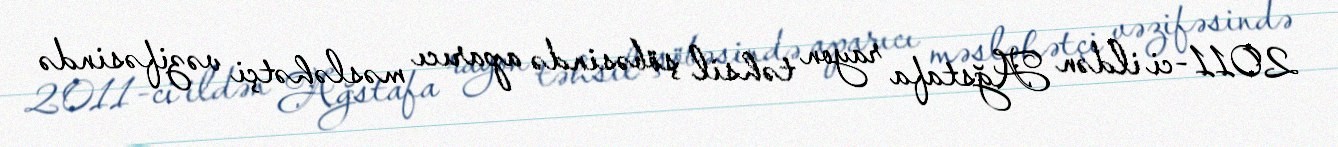
2011-ci ildən Ağstafa rayon təhsil şöbəsində aparıcı məsləhətçi vəzifəsində